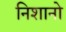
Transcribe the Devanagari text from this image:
निशानो